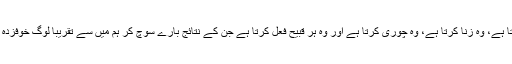
وہ قتل کرتا ہے، وہ زنا کرتا ہے، وہ چوری کرتا ہے اور وہ ہر قبیح فعل کرتا ہے جن کے نتائج بارے سوچ کر ہم میں سے تقریباّ لوگ خوفزدہ رہتے ہیں۔